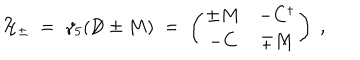
LaTeX: { \cal H } _ { \pm } \; = \; \gamma _ { 5 } ( \not \! \! D \pm M ) \; = \; \left( \begin{array} { c c } { { \pm M } } & { { - C ^ { \dagger } } } \\ { { - C } } & { { \mp M } } \\ \end{array} \right) \; ,